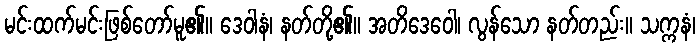
မင်းထက်မင်းဖြစ်တော်မူ၏။ ဒေဝါနံ၊ နတ်တို့၏။ အတိဒေဝေါ၊ လွန်သော နတ်တည်း။ သက္ကနံ၊